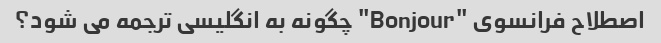
اصطلاح فرانسوی "Bonjour" چگونه به انگلیسی ترجمه می شود؟